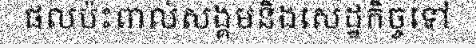
ផលប៉ះពាល់សង្គមនិងសេដ្ឋកិច្ចទៅ